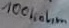
Text: 100Kohm